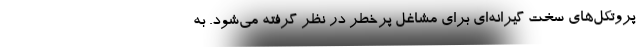
پروتکل‌های سخت گیرانه‌ای برای مشاغل پرخطر در نظر گرفته می‌شود. به